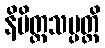
နိမိတ္တသမ္ပတ္တိ